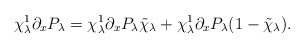
\begin{align*} \chi^1_{\lambda}\partial_xP_\lambda=\chi^1_{\lambda}\partial_xP_\lambda\tilde{\chi}_{\lambda}+\chi^1_{\lambda}\partial_xP_\lambda(1-\tilde{\chi}_{\lambda}).\end{align*}